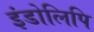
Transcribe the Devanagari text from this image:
इंडोलिपि